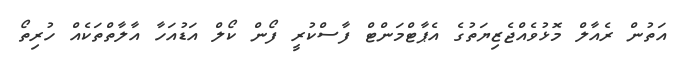
އަތުން ރެއާލް މޮޅުވެއްޖެޒިޔަތުގެ އެޕާޓްމަންޓް ފާސްކުރީ ފޯން ކޯލް އަޑުއަހާ އާލާތްތަކެއް ހުރިތޯ